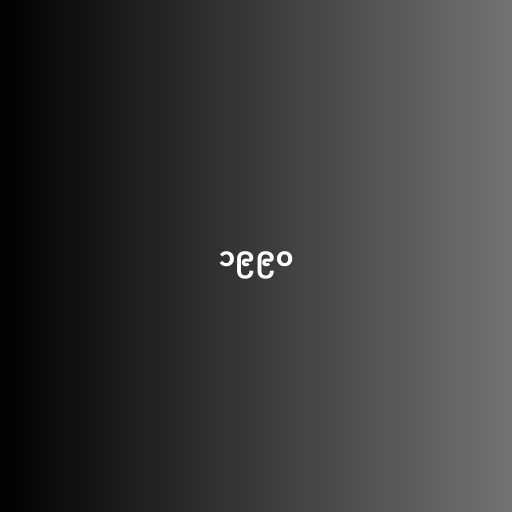
၁၉၉၀